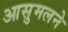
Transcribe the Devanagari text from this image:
आसुमलने